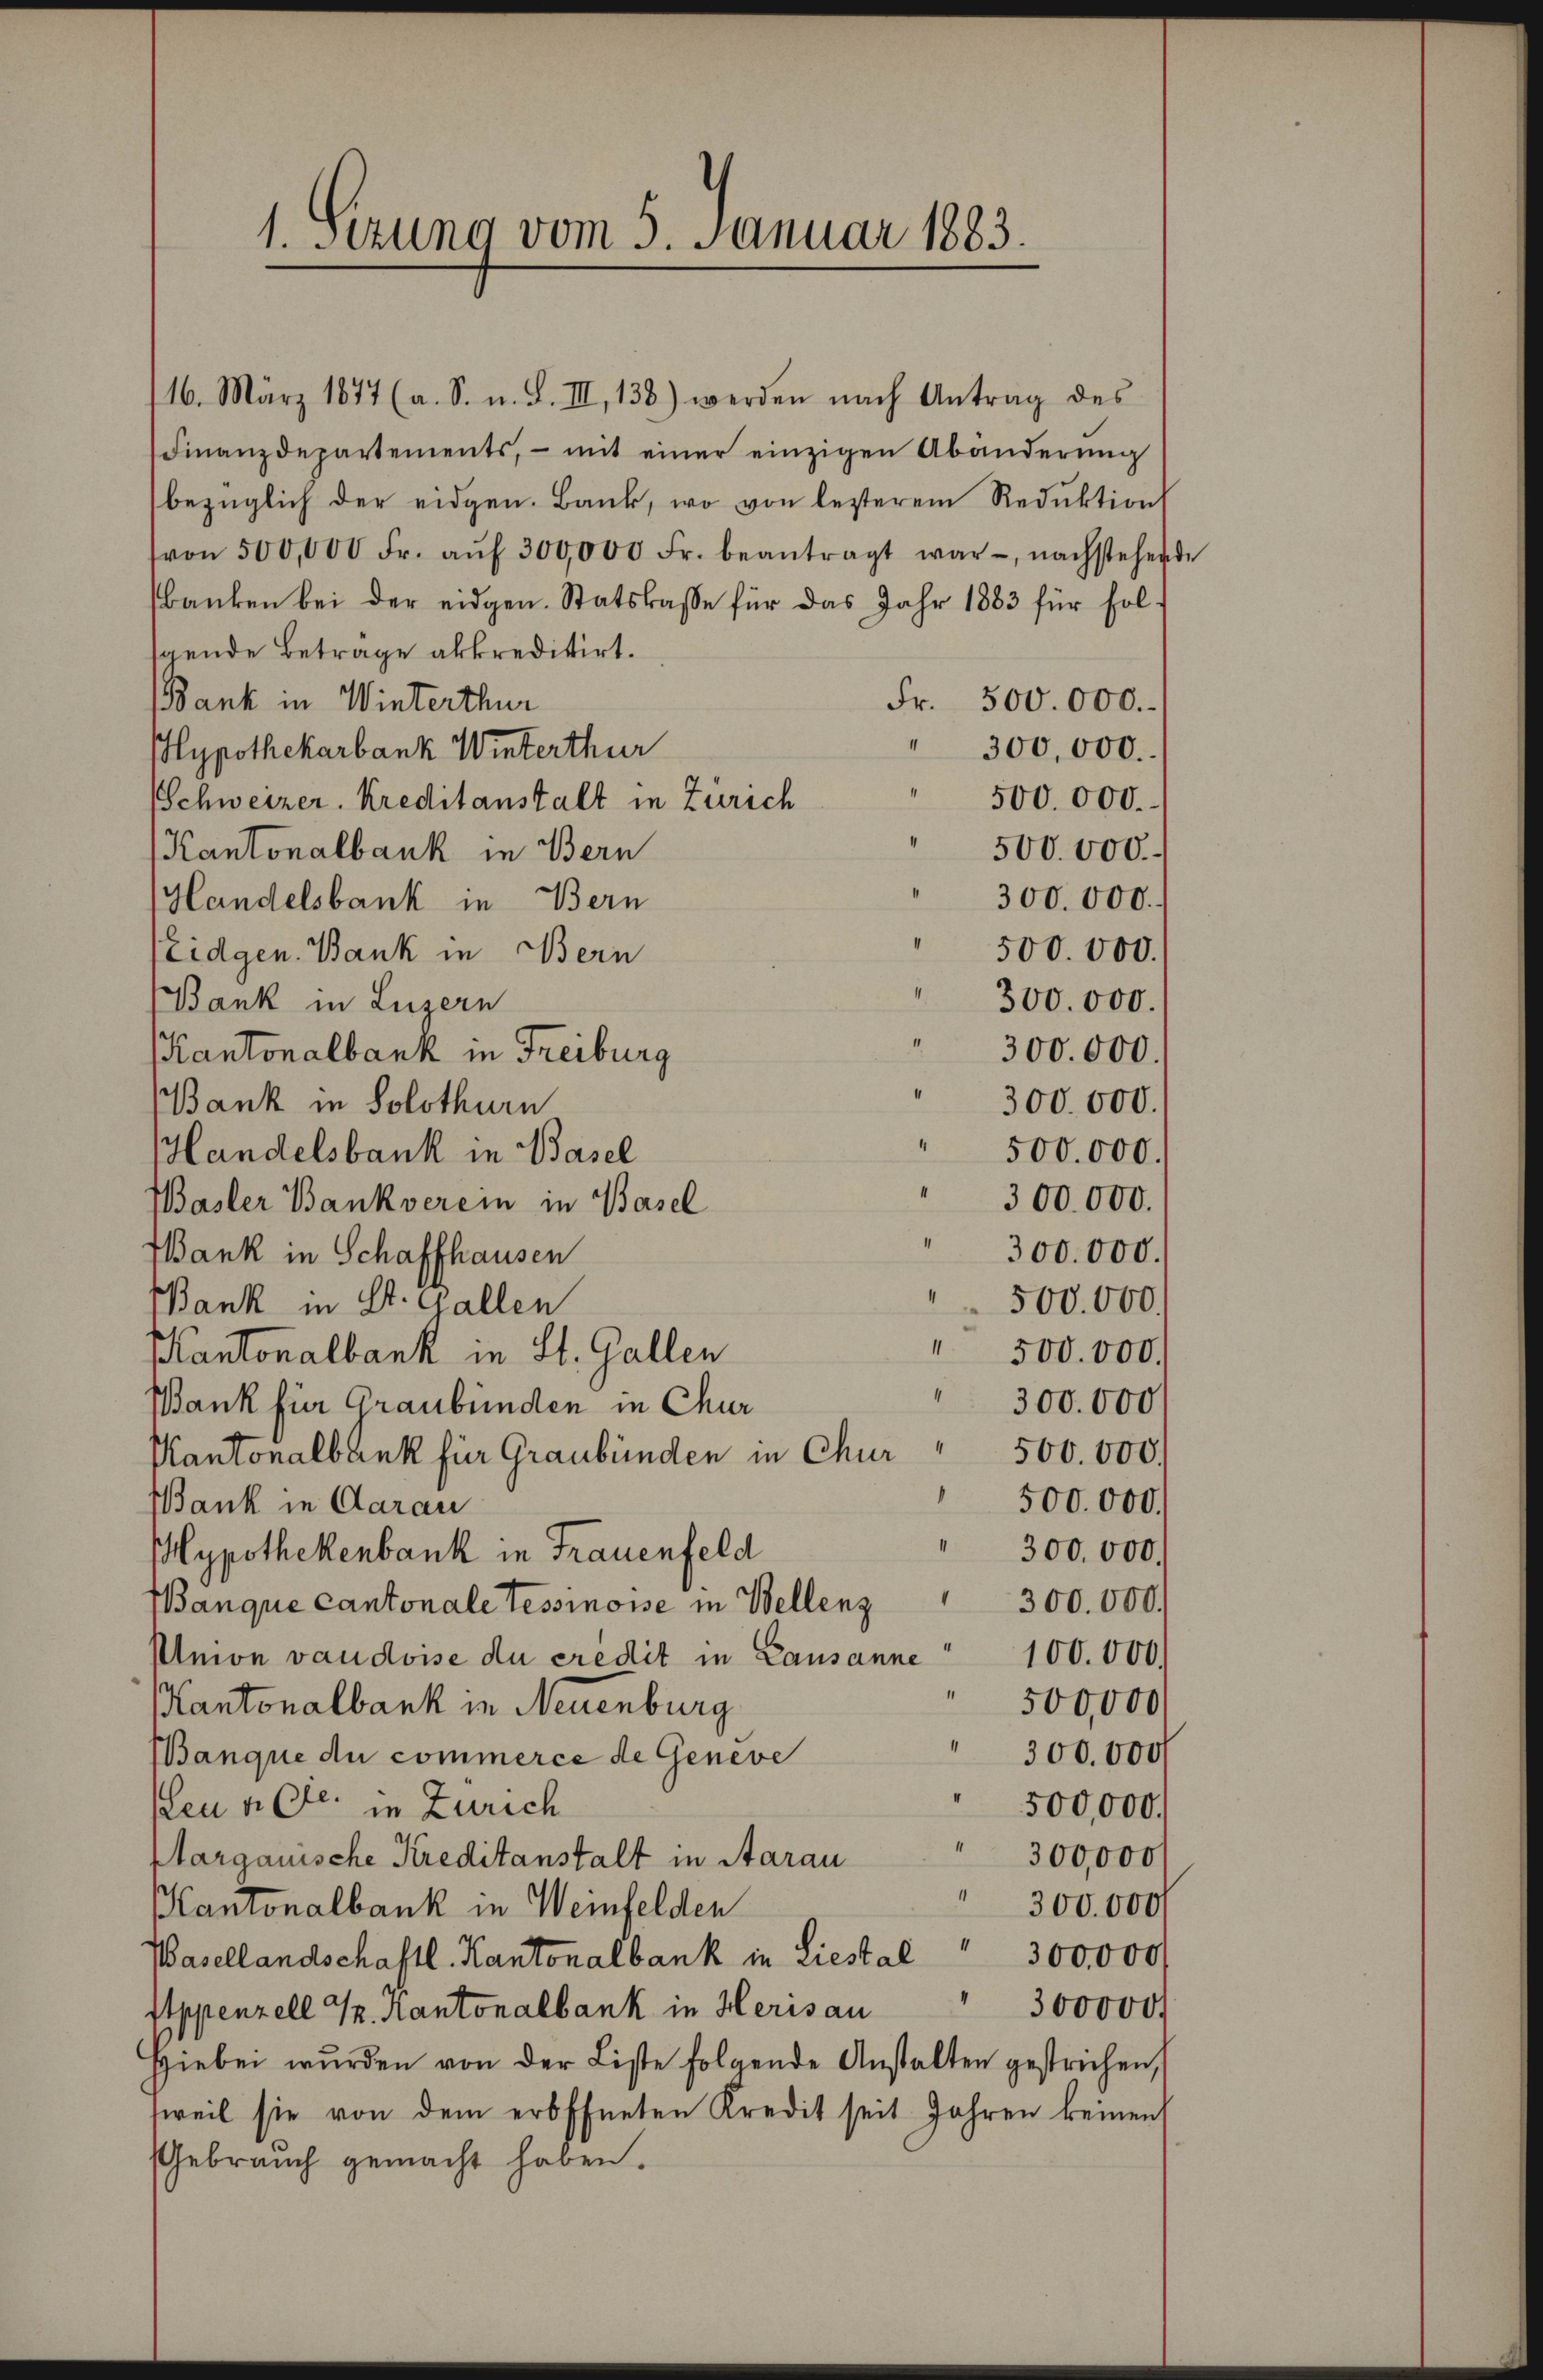
1. Sizung vom 5. Januar 1883.

16. März 1877 (a. S. u. S. III, 138) werden nach Antrag des
Finanzdepartements, mit einer einzigen Abänderŭng
bezüglich der eidgen. Bank, wo von lezterem Reduktion
von 500,000 Fr. aŭf 300,000 Fr. beantragt war, nachstehen
banken bei der eidgen. Statskasse für das Jahr 1883 für folspende Betrage akkreditirt.
Fr. 500.000.
Bank in Winterthur
300,000.
Hypothekarbank Winterthur
500.000.
Schweizer. Kreditanstalt in Zürich
500.000.
Kantonalbank in Bern
300.000.
Handelsbank in Bern
500.000.
Eidgen. Bank in Bern
Bank in Luzern
300.000.
Kantonalbank in Freiburg
Bank in Solothurn
500.000.
Handelsbank in Basel
300.000.
Basler Bankverein in Basel
Bank in Schaffhausen
Bank in St. Gallen
1
500.000.
Kantonalbank in St. Gallen
4
300.000
Bank für Graubünden in Chur
Kantonalbank für Graubünden in Chur " 500.000.
.
500.000.
Bank in Aarau
" 300,000.
Mypothekenbank in Frauenfeld
Banque cantonale Tessinoise in Wellenz " 300.000.
Union vaudoise du credit in Lausanne 100.000
" 500,000
Kantonalbank in Neuenburg
" 300.000
Banque du commerce de Geneve
" 500,000.
Ien a Ctr. in Zürich
Margauische Kreditanstalt in Aarau " 300,000
" 300.000
Kantonalbank in Weinfelden
Wasellandschaftl. Kantonalbank in Liestal " 300,000
300000
Appenzell I. Kantonalbank in Heris au
Hiebei wurden von der Liste folgende Anstalten gestrichen,
sweil sie von dem erbffneten Kredit seit Jahren keinen
Gebrauch gemacht haben.

300.000.

300.000.

300.000.
500.000.

de